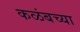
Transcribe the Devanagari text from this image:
कळंबच्या